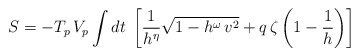
\begin{align*} S = - T_p \, V_p \int dt \; \left[ \frac{1}{h^{\eta}} \sqrt{1 - h^\omega \, v^2} + q \, \zeta \left( 1 - \frac{1}{h} \right) \right]\end{align*}